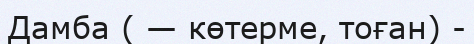
Дамба ( — көтерме, тоған) -